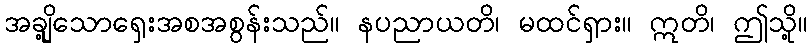
အချို့သောရှေးအစအစွန်းသည်။ နပညာယတိ၊ မထင်ရှား။ ဣတိ၊ ဤသို့။